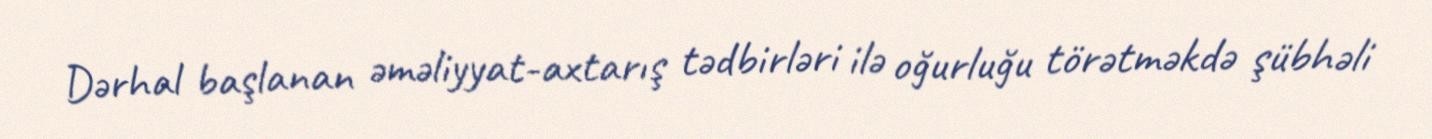
Dərhal başlanan əməliyyat-axtarış tədbirləri ilə oğurluğu törətməkdə şübhəli